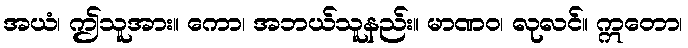
အယံ၊ ဤသူအား။ ကော၊ အဘယ်သူနည်း။ မာဏဝ၊ လုလင်။ ဣတော၊